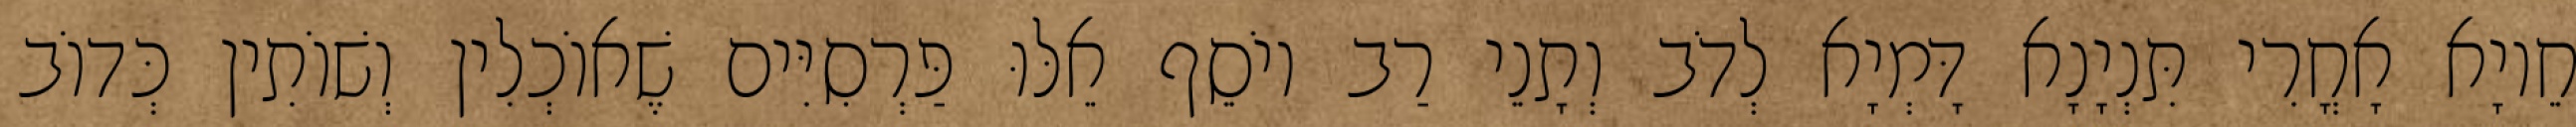
חֵיוָא אָחֳרִי תִּנְיָנָא דָּמְיָא לְדֹב וְתָנֵי רַב יוֹסֵף אֵלּוּ פַּרְסִיִּים שֶׁאוֹכְלִין וְשׁוֹתִין כְּדוֹב